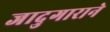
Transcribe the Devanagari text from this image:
जादुगाराने